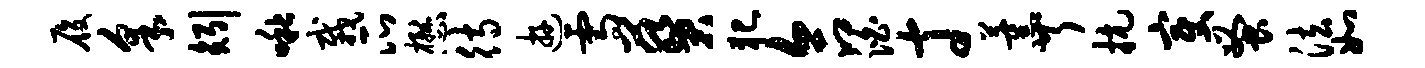
履采矧啾栽瓜懋待游雪葵犯合泊寸薰芹抗变蚤法如